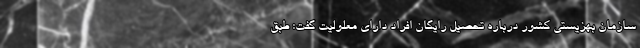
سازمان بهزیستی کشور درباره تحصیل رایگان افراد دارای معلولیت گفت: طبق